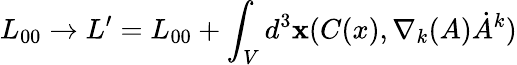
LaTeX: L_{00}\rightarrow L^{\prime}=L_{00}+\int_{V}d^{3}{\mathbf x}(C(x),\nabla_{k}(A)\dot{A}^{k})